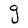
Character: g